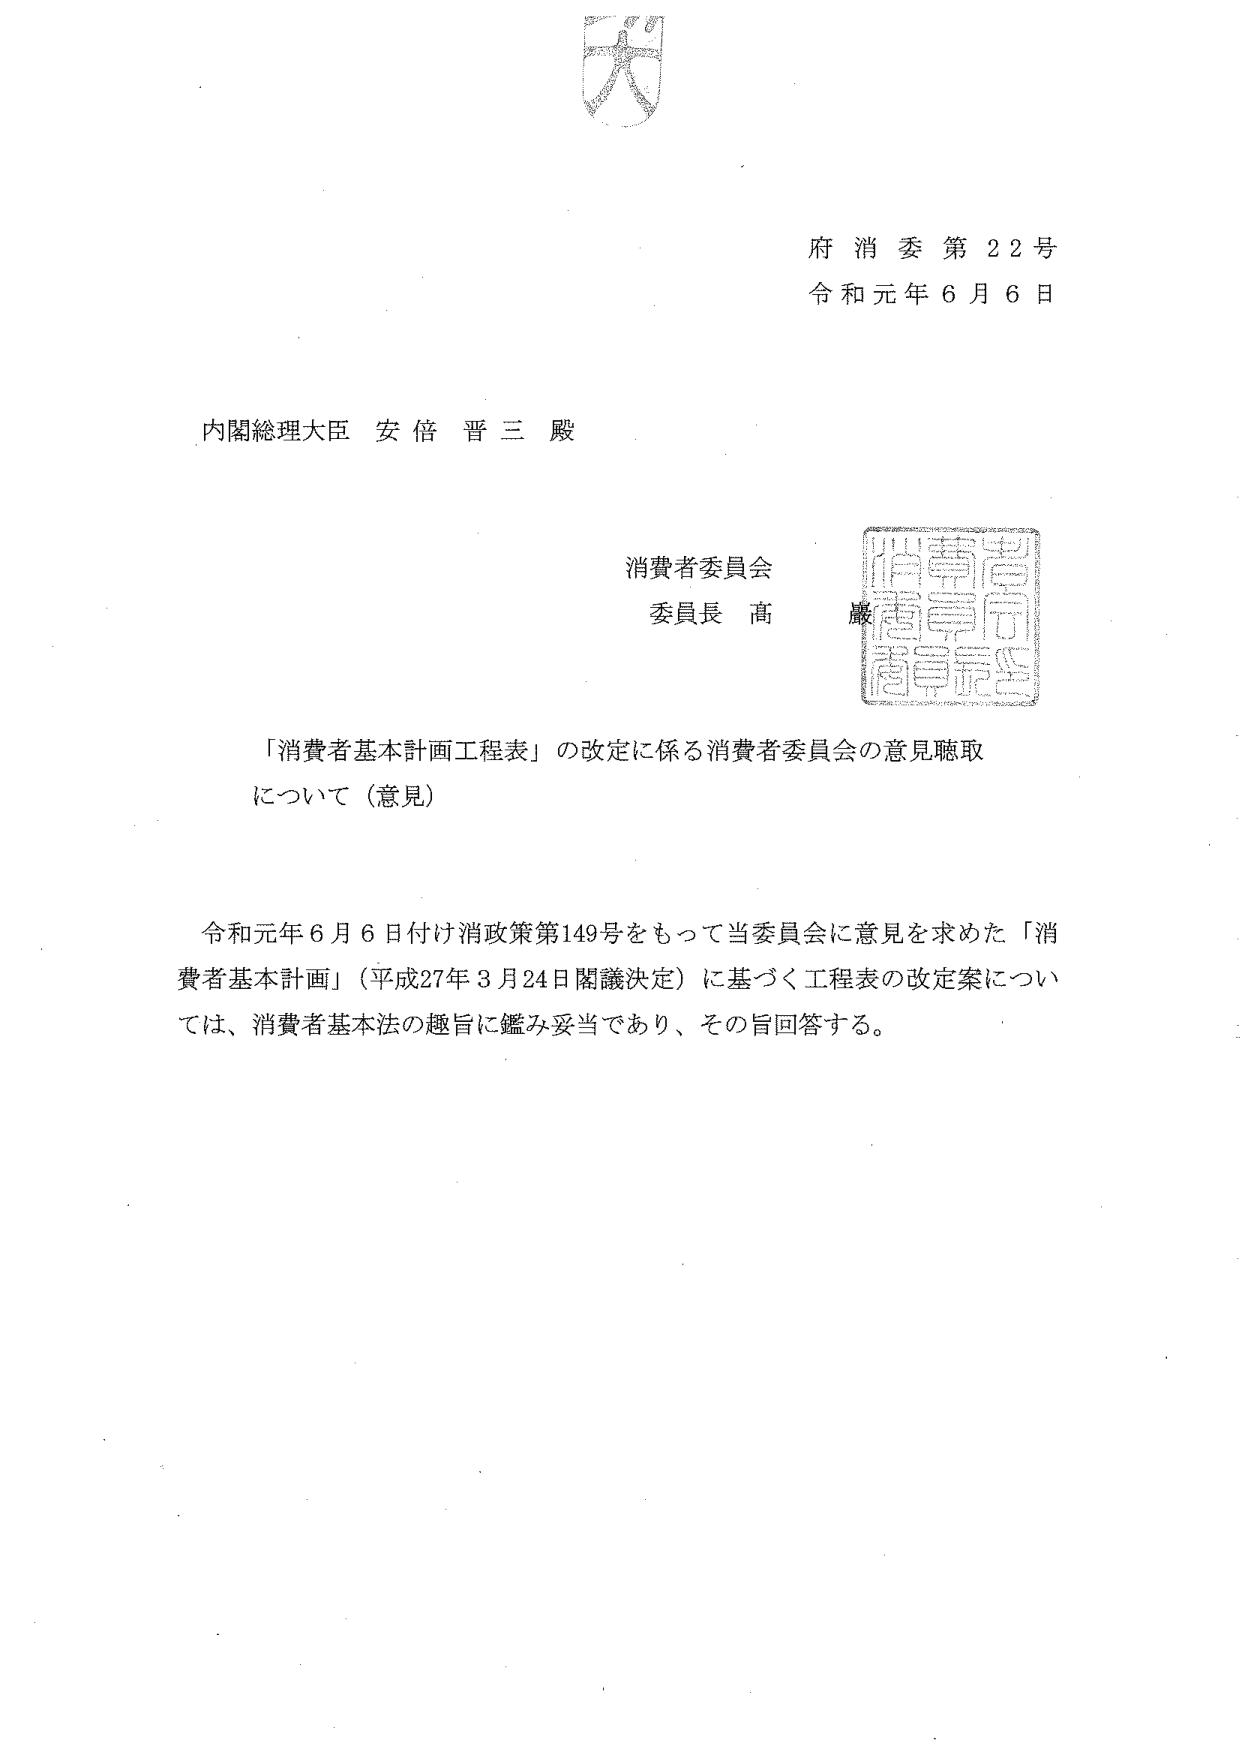
府消委第22号
令和元年6月6日

内閣総理大臣 安倍 晋三 殿

消費者委員会
委員長 髙巖

「消費者基本計画工程表」の改定に係る消費者委員会の意見聴取
について（意見）

令和元年6月6日付け消政策第149号をもって当委員会に意見を求めた「消費者基本計画」（平成27年3月24日閣議決定）に基づく工程表の改定案については、消費者基本法の趣旨に鑑み妥当であり、その旨回答する。